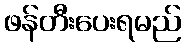
ဖန်တီးပေးရမည်